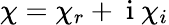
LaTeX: \chi=\chi_{r}+\mathrm{~i~}\chi_{i}